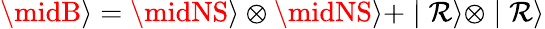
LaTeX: \midB\rangle=\midNS\rangle\otimes\midNS\rangle+\mid\mathcal{R}\rangle\otimes\mid\mathcal{R}\rangle